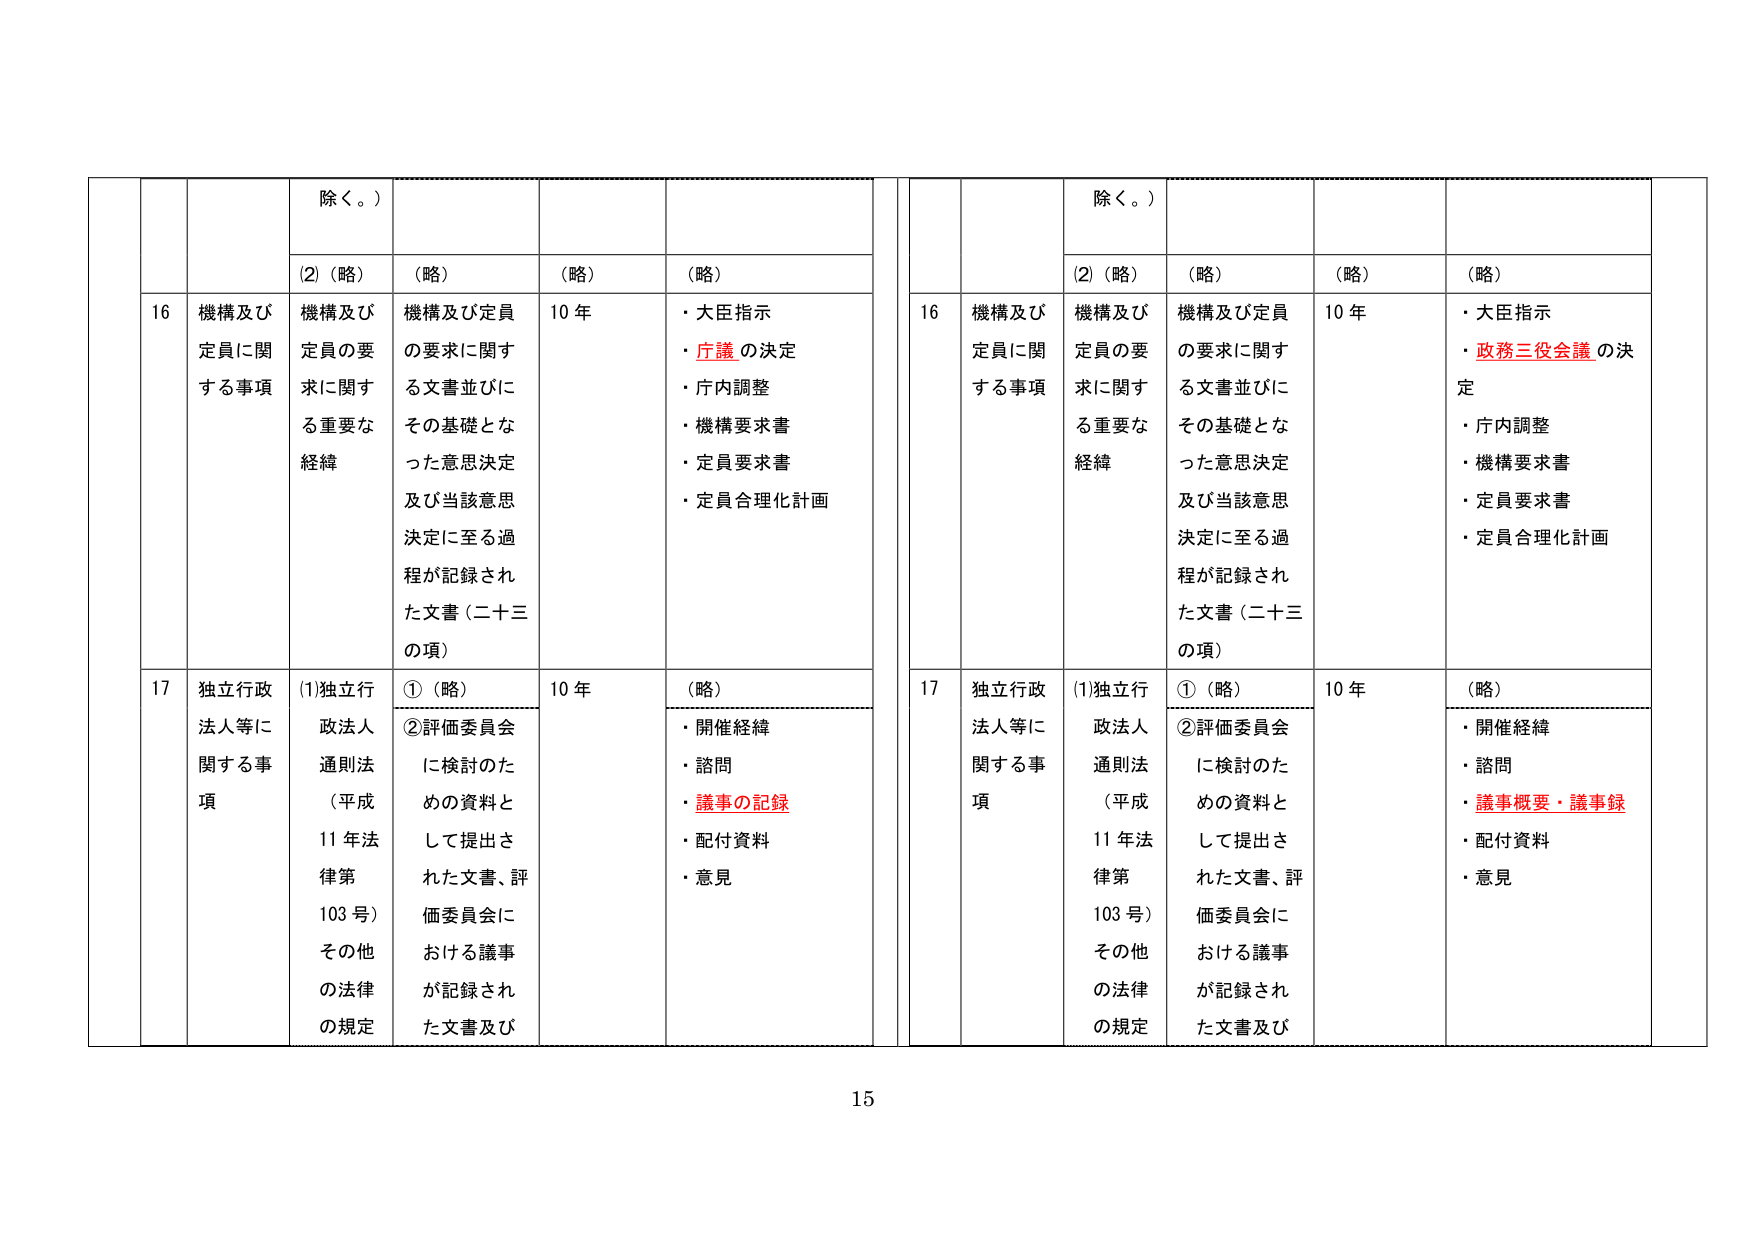
除く。）

(2)（略） （略） （略） （略）

16 機構及び 定員に関 する事項 機構及び 定員の要 求に関する重要な 経緯 機構及び定員 の要求に関する文書並びに その基礎となった意思決定 及び当該意思 決定に至る過程が記録され た文書（二十三 の項） 10 年 ・大臣指示 ・庁議 の決定 ・庁内調整 ・機構要求書 ・定員要求書 ・定員合理化計画

17 独立行政 法人等に 関する事 項 (1)独立行 政法人 通則法 （平成 11 年法 律第 103 号） その他 の法律 の規定 ①（略） ②評価委員会 に検討のた めの資料と して提出さ れた文書、評 価委員会に おける議事 が記録され た文書及び 10 年 （略） ・開催経緯 ・諮問 ・議事の記録 ・配付資料 ・意見

除く。）

(2)（略） （略） （略） （略）

16 機構及び 定員に関 する事項 機構及び 定員の要 求に関する重要な 経緯 機構及び定員 の要求に関する文書並びに その基礎となった意思決定 及び当該意思 決定に至る過程が記録され た文書（二十三 の項） 10 年 ・大臣指示 ・政務三役会議 の決定 ・庁内調整 ・機構要求書 ・定員要求書 ・定員合理化計画

17 独立行政 法人等に 関する事 項 (1)独立行 政法人 通則法 （平成 11 年法 律第 103 号） その他 の法律 の規定 ①（略） ②評価委員会 に検討のた めの資料と して提出さ れた文書、評 価委員会に おける議事 が記録され た文書及び 10 年 （略） ・開催経緯 ・諮問 ・議事概要・議事録 ・配付資料 ・意見

15